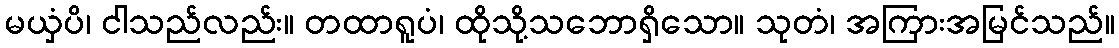
မယှံပိ၊ ငါသည်လည်း။ တထာရူပံ၊ ထိုသို့သဘောရှိသော။ သုတံ၊ အကြားအမြင်သည်။